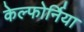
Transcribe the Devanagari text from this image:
केल्फोर्निया